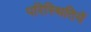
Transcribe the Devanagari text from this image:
परिस्थितियें